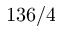
1 3 6 / 4